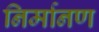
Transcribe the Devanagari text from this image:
निर्मानण